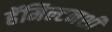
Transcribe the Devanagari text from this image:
हॅमिल्टनशी